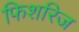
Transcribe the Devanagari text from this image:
फिशरिज